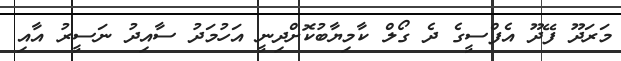
މަރަދޫ ފޭދޫ އެފްސީގެ ދެ ގޯލް ކާމިޔާބުކޮށްދިނީ އަހުމަދު ސާއިދު ނަސީރު އާއި